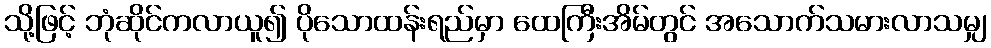
သို့ဖြင့် ဘုံဆိုင်ကလာယူ၍ ပိုသောထန်းရည်မှာ ထေကြီးအိမ်တွင် အသောက်သမားလာသမျှ